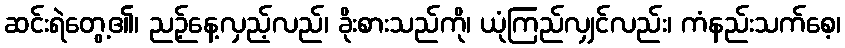
ဆင်းရဲတွေ့၏၊ ညဉ့်နေ့လှည့်လည်၊ ခိုးစားသည်ကို၊ ယုံကြည်လျှင်လည်း၊ ကံနည်းသက်စေ့၊